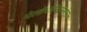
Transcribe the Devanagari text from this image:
पेलोपोन्निसोस